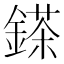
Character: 𨪩